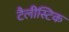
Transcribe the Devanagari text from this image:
टैलीस्टिक